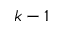
k - 1